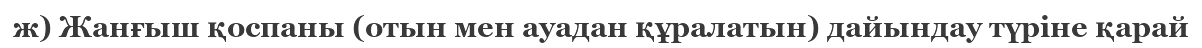
ж) Жанғыш қоспаны (отын мен ауадан құралатын) дайындау түріне қарай